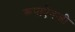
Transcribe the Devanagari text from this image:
रूपाऐवजी